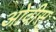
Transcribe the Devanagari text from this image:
ओवीस्